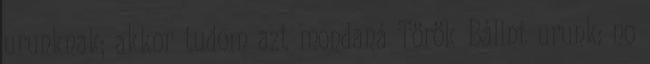
urunknak; akkor tudom azt mondaná Török Bálint urunk: no